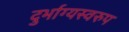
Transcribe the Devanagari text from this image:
दुर्भाग्यस्वरुप